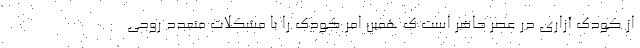
از کودک آزاری در عصر حاضر است ک همین امر کودک را با مشکلات متعدد روحی